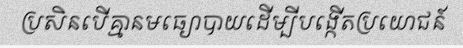
ប្រសិនបើគ្មានមធ្យោបាយដើម្បីបង្កើតប្រយោជន៍